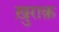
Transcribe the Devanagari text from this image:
ख़ुराक़